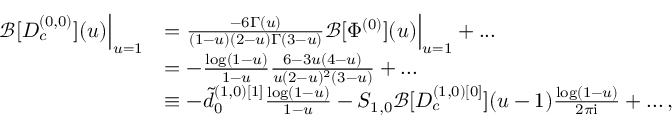
\begin{array} { r l } { \mathcal { B } [ D _ { c } ^ { ( 0 , 0 ) } ] ( u ) \Big | _ { u = 1 } } & { = \frac { - 6 \Gamma ( u ) } { ( 1 - u ) ( 2 - u ) \Gamma ( 3 - u ) } \mathcal { B } [ \Phi ^ { ( 0 ) } ] ( u ) \Big | _ { u = 1 } + . . . } \\ & { = - \frac { \log ( 1 - u ) } { 1 - u } \frac { 6 - 3 u ( 4 - u ) } { u ( 2 - u ) ^ { 2 } ( 3 - u ) } + . . . } \\ & { \equiv - \tilde { d } _ { 0 } ^ { ( 1 , 0 ) [ 1 ] } \frac { \log ( 1 - u ) } { 1 - u } - S _ { 1 , 0 } \mathcal { B } [ D _ { c } ^ { ( 1 , 0 ) [ 0 ] } ] ( u - 1 ) \frac { \log ( 1 - u ) } { 2 \pi \mathrm { i } } + . . . \, , } \end{array}